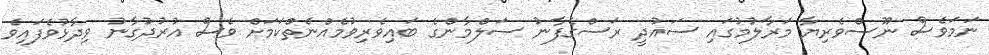
ނަމަވެސް ނޫސްވެރިޔާ މަރާލުމުގައި ސައުދީ ރަސްގެފާނު ސަލްމާންގެ ބައިވެރިވުމެއްނެތްކަމަށް ވެސް އުރުދުގާނު ވިދާޅުވެފައިވެ